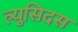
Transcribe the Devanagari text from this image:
ल्युसिदस